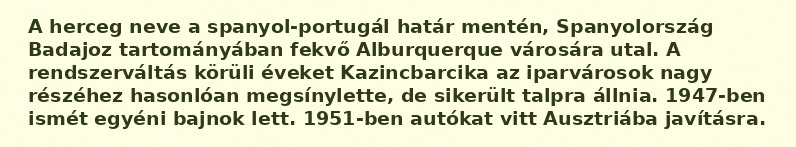
A herceg neve a spanyol-portugál határ mentén, Spanyolország Badajoz tartományában fekvő Alburquerque városára utal. A rendszerváltás körüli éveket Kazincbarcika az iparvárosok nagy részéhez hasonlóan megsínylette, de sikerült talpra állnia. 1947-ben ismét egyéni bajnok lett. 1951-ben autókat vitt Ausztriába javításra.